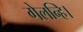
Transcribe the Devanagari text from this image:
गेलन्हि।